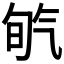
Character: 𣱡